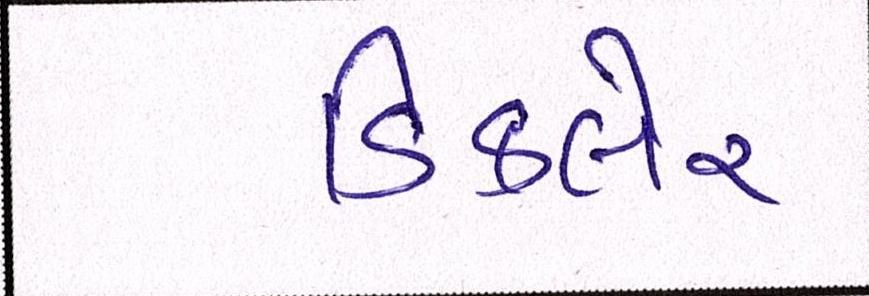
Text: ડિકલેર